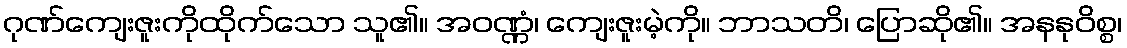
ဂုဏ်ကျေးဇူးကိုထိုက်သော သူ၏။ အဝဏ္ဏံ၊ ကျေးဇူးမဲ့ကို။ ဘာသတိ၊ ပြောဆို၏။ အနနုဝိစ္စ၊